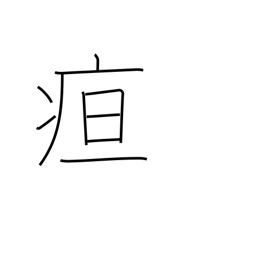
Meaning: jaundice